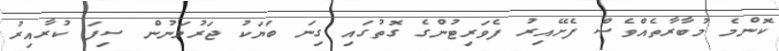
ކޮންމެ މުބާރާތެއްވެސް ފެށޭއިރު ފެވަރިޓުންގެ ގޮތުގައި ގިނަ ބަޔަކު ޖަރުމަނުން ސިފަ ކުރާއިރު